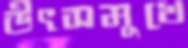
উৎসমুখে